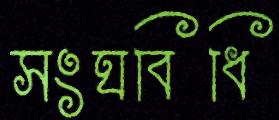
সংঘবিধি